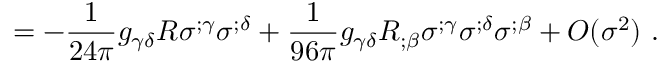
~ ~ ~ = - \frac { 1 } { 2 4 \pi } g _ { \gamma \delta } R \sigma ^ { ; \gamma } \sigma ^ { ; \delta } + \frac { 1 } { 9 6 \pi } g _ { \gamma \delta } R _ { ; \beta } \sigma ^ { ; \gamma } \sigma ^ { ; \delta } \sigma ^ { ; \beta } + O ( \sigma ^ { 2 } ) ~ .